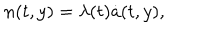
n ( t , y ) = \lambda ( t ) \dot { a } ( t , y ) ,